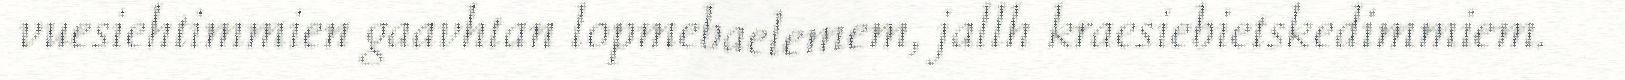
vuesiehtimmien gaavhtan lopmebaelemem, jallh kraesiebietskedimmiem.